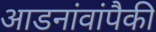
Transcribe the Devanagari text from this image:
आडनांवांपैकी